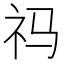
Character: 祃